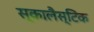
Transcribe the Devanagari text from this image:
स्कालैस्टिक